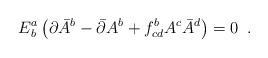
LaTeX: \begin{align*}E^a_b \left(\partial \bar A^{b} - \bar \partial A^{b}+f_{cd}^{b}A^{c}\bar A^{d}\right)=0\,\,\,.\end{align*}